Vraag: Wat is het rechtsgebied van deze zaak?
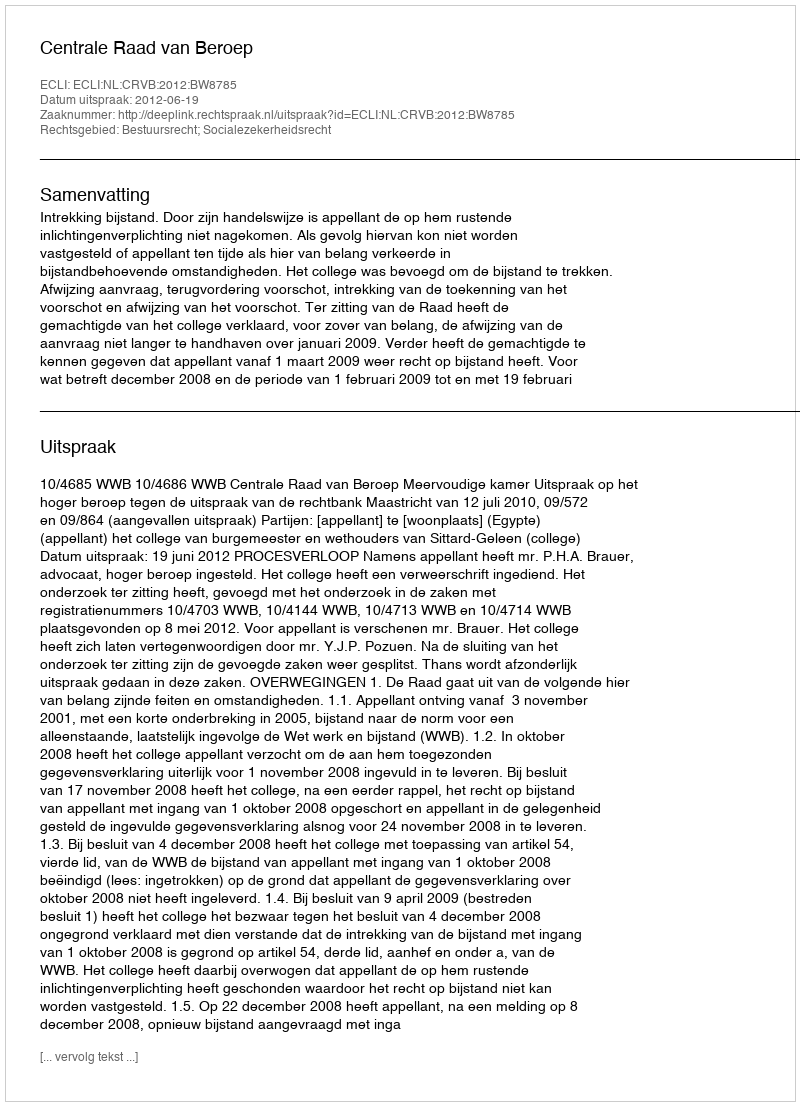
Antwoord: Bestuursrecht; Socialezekerheidsrecht